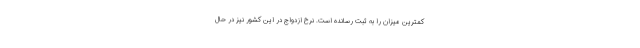
کمترین میزان را به ثبت رسانده است. نرخ ازدواج در این کشور نیز در حال